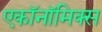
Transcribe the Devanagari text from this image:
एकॉनॉमिक्स